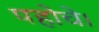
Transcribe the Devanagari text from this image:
पहोचे।